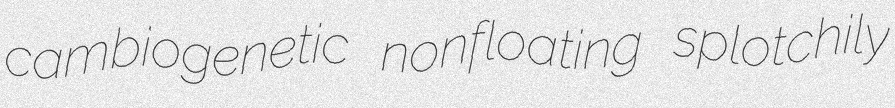
cambiogenetic nonfloating splotchily